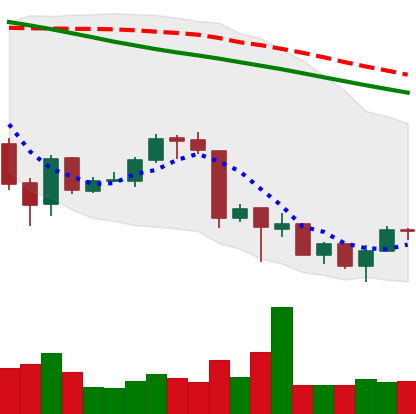
Ticker: ETH-USD
Chart end date: 2018-07-01
Forward return: 4.427%
Label: up_3_5